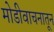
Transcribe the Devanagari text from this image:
मोडीवाचनातून